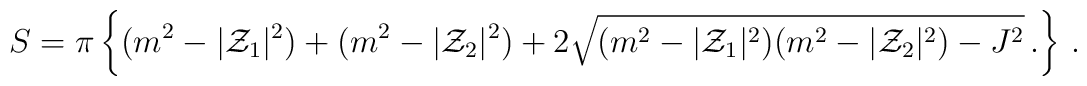
S=\pi \left\{ (m^{2}-|{\cal Z}_{1}|^{2})+ (m^{2}-|{\cal Z}_{2}|^{2})+ 2\sqrt{(m^{2}-|{\cal Z}_{1}|^{2})(m^{2}-|{\cal Z}_{2}|^{2}) -J^{2}}\, .\right\}\, .